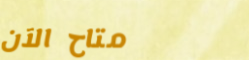
متاح الآن